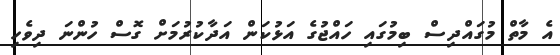
އެ މާތް މުގައްދިސް ބިމުގައި ހައްޖުގެ އަޅުކަން އަދާކުރުމަށް ގޮސް ހުންނަ ދިވެހި